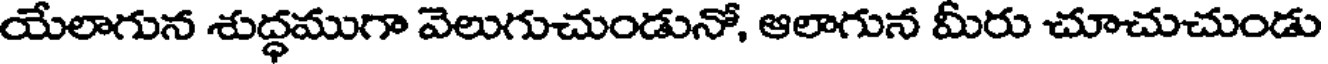
యేలాగున శుద్ధముగా వెలుగుచుండునో, ఆలాగున మీరు చూచుచుండు